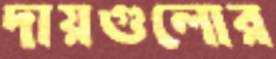
দায়গুলোর